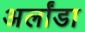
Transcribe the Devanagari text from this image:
अर्लांडा